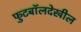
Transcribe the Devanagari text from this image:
फुटबॉलदेखील